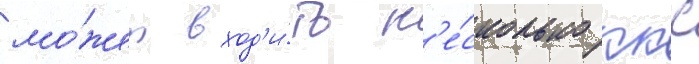
мо́жет вход'и́ть н'е́сколько ккс